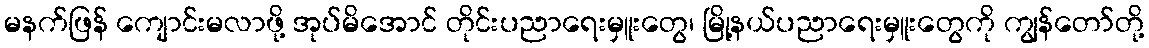
မနက်ဖြန် ကျောင်းမလာဖို့ အုပ်မိအောင် တိုင်းပညာရေးမှူးတွေ၊ မြို့နယ်ပညာရေးမှူးတွေကို ကျွန်တော်တို့